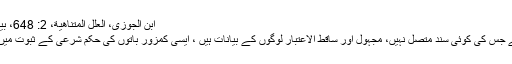
ابن الجوزی، العلل المتناهية، 2: 648، بيروت: دار الكتب العلمية
یہ ایک ایسی روایت ہے جس کی کوئی سند متصل نہیں، مجہول اور ساقط الاعتبار لوگوں کے بیانات ہیں ، ایسی کمزور باتوں کی حکم شرعی کے ثبوت میں کوئی حیثیت نہیں ہے۔